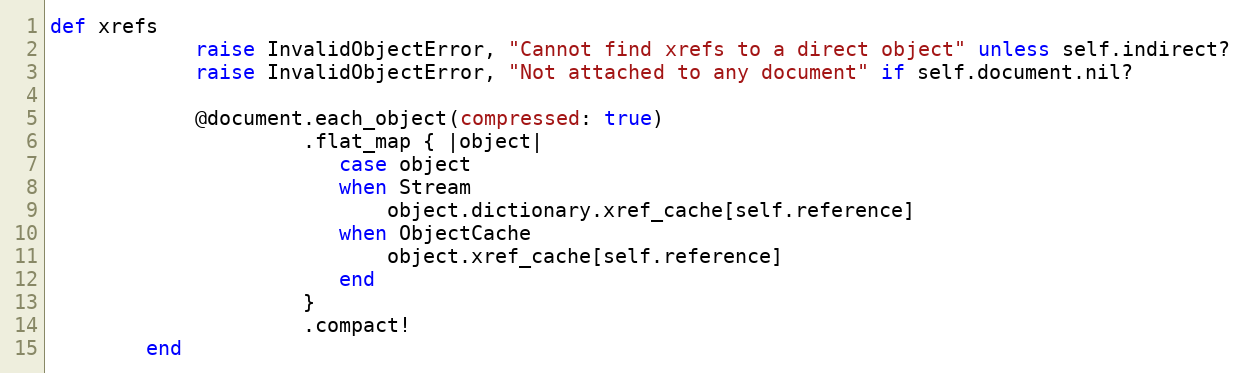
Language: Ruby
def xrefs
            raise InvalidObjectError, "Cannot find xrefs to a direct object" unless self.indirect?
            raise InvalidObjectError, "Not attached to any document" if self.document.nil?

            @document.each_object(compressed: true)
                     .flat_map { |object|
                        case object
                        when Stream
                            object.dictionary.xref_cache[self.reference]
                        when ObjectCache
                            object.xref_cache[self.reference]
                        end
                     }
                     .compact!
        end